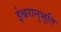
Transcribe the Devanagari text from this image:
ईश्वरानुभूति